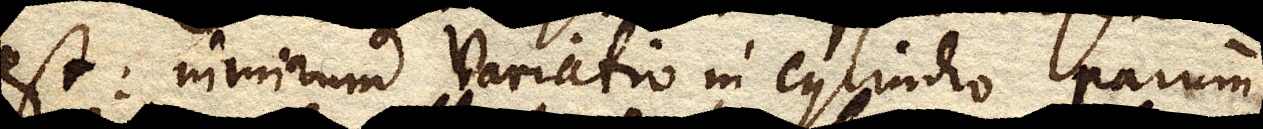
est: nimirum variatio in cylindro parum